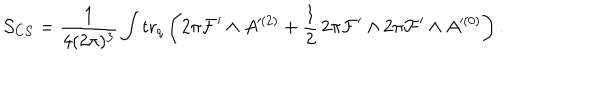
{ \cal S } _ { C S } = \frac { 1 } { 4 ( 2 \pi ) ^ { 3 } } \int \mathrm { t r } _ { q } \left( 2 \pi { \cal F } ^ { \prime } \wedge A ^ { ( 2 ) } + \frac { 1 } { 2 } \, 2 \pi { \cal F } ^ { \prime } \wedge 2 \pi { \cal F } ^ { \prime } \wedge A ^ { ( 0 ) } \right) .